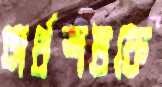
অর্ধশতকে